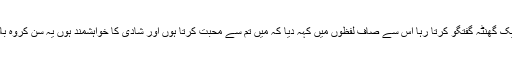
میں اس سے پورا ایک گھنٹہ گفتگو کرتا رہا اس سے صاف لفظوں میں کہہ دیا کہ میں تم سے محبت کرتا ہوں اور شادی کا خواہشمند ہوں یہ سُن کروہ بالکل متحیر نہ ہوئی۔